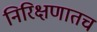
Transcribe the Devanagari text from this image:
निरिक्षणातच